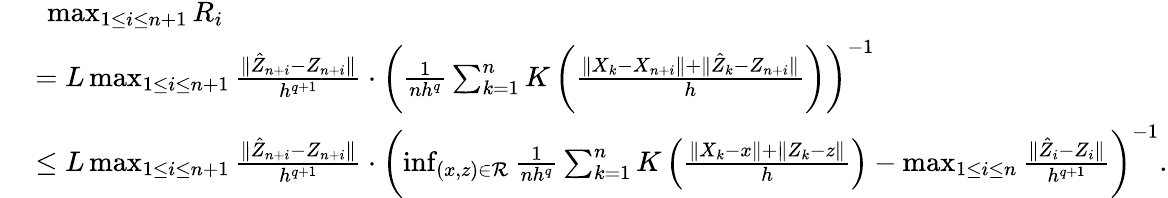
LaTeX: \begin{array}{rl}{\ }&{\ \operatorname*{max}_{1\leq i\leq n+1}R_{i}}\\ &{=L\operatorname*{max}_{1\leq i\leq n+1}\frac{\| \hat{Z}_{n+i}-Z_{n+i}\| }{h^{q+1}}\cdot\left(\frac{1}{nh^{q}}\sum_{k=1}^{n}K\left(\frac{\| X_{k}-X_{n+i}\| +\| \hat{Z}_{k}-Z_{n+i}\| }{h}\right)\right)^{-1}}\\ &{\leq L\operatorname*{max}_{1\leq i\leq n+1}\frac{\| \hat{Z}_{n+i}-Z_{n+i}\| }{h^{q+1}}\cdot\left(\operatorname*{inf}_{(x,z)\in\mathcal{R}}\frac{1}{nh^{q}}\sum_{k=1}^{n}K\left(\frac{\| X_{k}-x\| +\| Z_{k}-z\| }{h}\right)-\operatorname*{max}_{1\leq i\leq n}\frac{\| \hat{Z}_{i}-Z_{i}\| }{h^{q+1}}\right)^{-1}.}\end{array}